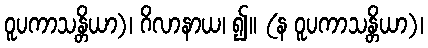
ဝူပကာသန္တိယာ)၊ ဂိလာနာယ၊ ၍။ (န ဝူပကာသန္တိယာ)၊